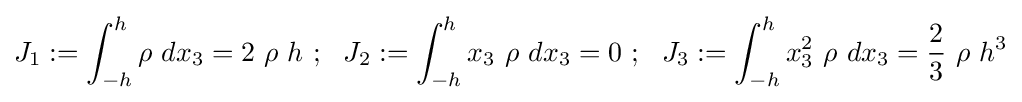
J_{1}:=\int _{-h}^{h}\rho ~dx_{3}=2~\rho ~h~;~~J_{2}:=\int _{-h}^{h}x_{3}~\rho ~dx_{3}=0~;~~J_{3}:=\int _{-h}^{h}x_{3}^{2}~\rho ~dx_{3}={\frac {2}{3}}~\rho ~h^{3}